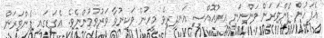
އެފަހުން ފެންވަރަން ވަންނަނީ އިރުއޮއްސި އަނދިރިވެ މީހުން ވަކިނުވާ ވަރުވުމުންނެވެ. އެގަޑީގައި ފެންވަރަން